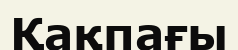
Қақпағы